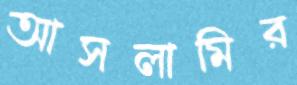
আসলামির